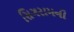
સિગરામની